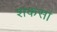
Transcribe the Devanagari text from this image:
शकसां